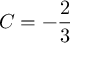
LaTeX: C = - { \frac { 2 } { 3 } }